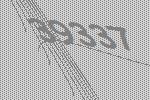
39337